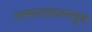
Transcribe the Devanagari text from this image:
उस्मानाबादपासून